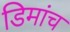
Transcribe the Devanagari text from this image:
डिमांच